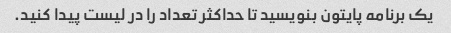
یک برنامه پایتون بنویسید تا حداکثر تعداد را در لیست پیدا کنید.